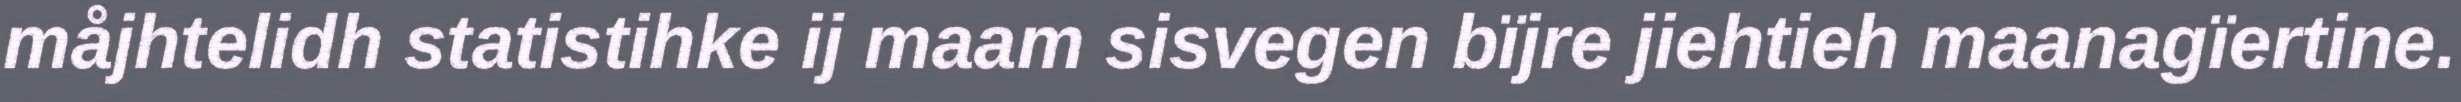
måjhtelidh statistihke ij maam sisvegen bïjre jiehtieh maanagïertine.